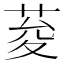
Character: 荾